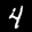
Label: 4